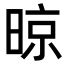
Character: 晾